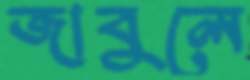
জাবুলে